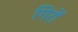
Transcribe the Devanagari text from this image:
गिरों